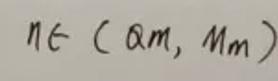
$n\in (\alpha_m, M_m)$